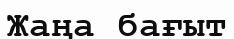
Жаңа бағыт